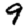
Digit: 9